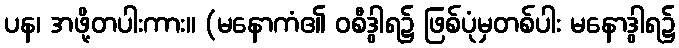
ပန၊ အဖို့တပါးကား။ (မနောကံ၏ ဝစီဒွါရ၌ ဖြစ်ပုံမှတစ်ပါး မနောဒွါရ၌